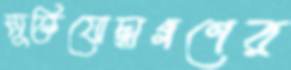
মুক্তিযোদ্ধাগণের